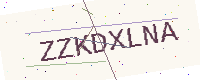
Text: ZZKDXLNA